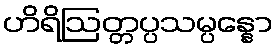
ဟိရိဩတ္တပ္ပသမ္ပန္နော